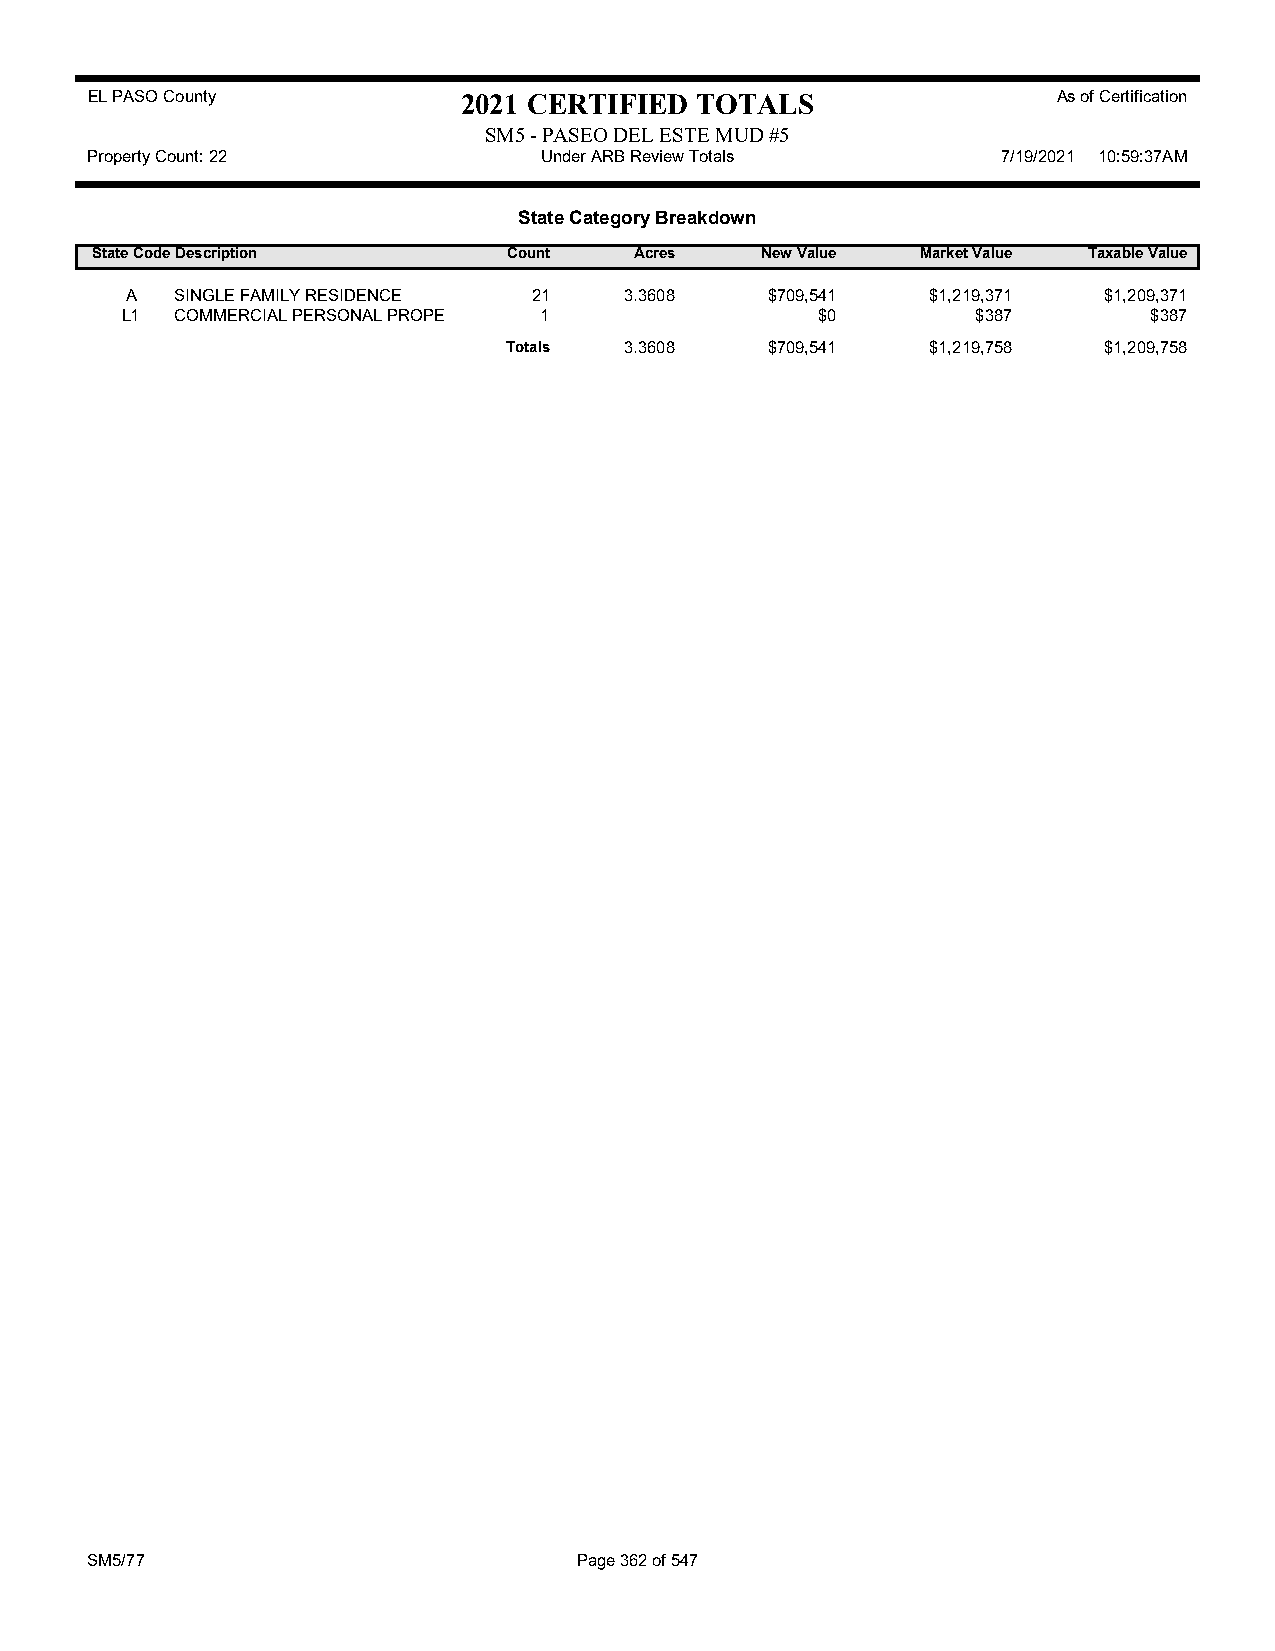
EL PASO County           2021 CERTIFIED TOTALS                  As of Certification
 SM5 - PASEO DEL ESTE MUD #5
 Property Count: 22            Under ARB Review Totals       7/19/2021 10:59:37AM
 State Category Breakdown
 State CodeDescription       Count   Acres   New Value  Market Value Taxable Value
 A   SINGLE FAMILY RESIDENCE 21   3.3608    $709,541   $1,219,371 $1,209,371
 L1  COMMERCIAL PERSONAL PROPE 1               $0         $387       $387
 Totals 3.3608    $709,541   $1,219,758 $1,209,758
 SM5/77                          Page 362 of 547